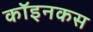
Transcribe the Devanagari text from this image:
कॉइनकस